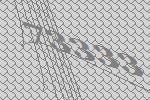
73333